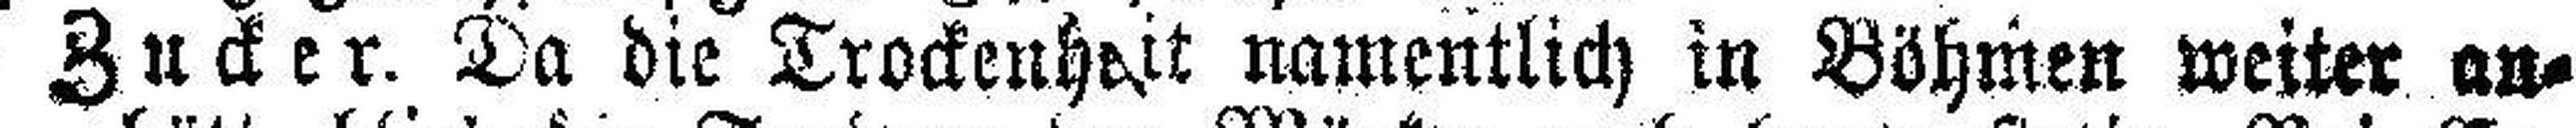
Zucker. Da die Trockenheit namentlich in Böhmen weiter an¬